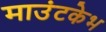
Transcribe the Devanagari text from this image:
माउंटकेभ